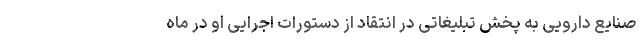
صنایع دارویی به پخش تبلیغاتی در انتقاد از دستورات اجرایی او در ماه